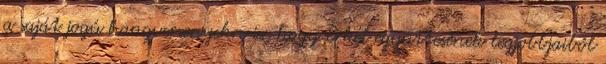
a saját jogú hangversenyekre is, hogy Erkel együttesének legjobbjaiból